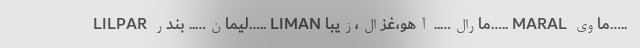
LILPAR لیمان….. بندر….. LIMAN مارال….. آهو،غزال،زیبا….. MARAL ماوی…..